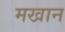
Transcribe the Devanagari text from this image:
मखान